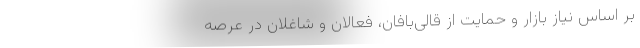
بر اساس نیاز بازار و حمایت از قالی‌بافان، فعالان و شاغلان در عرصه